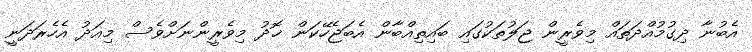
އެބުނާ ދިގުމުއްދަތައް މިވެރީން ޖަލުތަކުގައި ބައިތިއްބާން އެބަޖެހޭކަން ޚޮދު މިވެރީންނަށްވެސް މިއަދު އެހެރަދަނީ